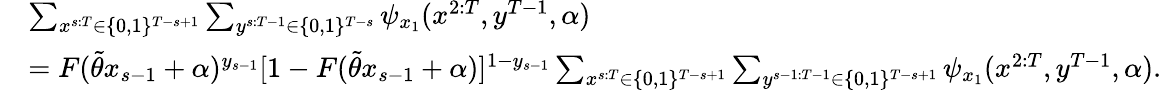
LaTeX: \begin{array}{rl}&{\sum_{x^{s:T}\in\{ 0,1\} ^{T-s+1}}\sum_{y^{s:T-1}\in\{ 0,1\} ^{T-s}}\psi_{x_{1}}(x^{2:T},y^{T-1},\alpha)}\\ &{=F(\widetilde{\theta}x_{s-1}+\alpha)^{y_{s-1}}[1-F(\widetilde{\theta}x_{s-1}+\alpha)]^{1-y_{s-1}}\sum_{x^{s:T}\in\{ 0,1\} ^{T-s+1}}\sum_{y^{s-1:T-1}\in\{ 0,1\} ^{T-s+1}}\psi_{x_{1}}(x^{2:T},y^{T-1},\alpha).}\end{array}